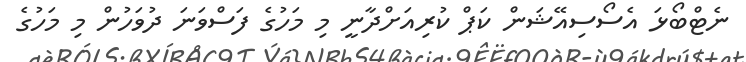
ނެޓްބޯޅަ އެސޯސިއޭޝަން ކަޕް ކުރިއަށްދާނީ މި މަހުގެ ފަސްވަނަ ދުވަހުން މި މަހުގެ